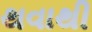
થવાથી